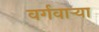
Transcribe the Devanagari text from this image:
वर्गवार्‍या